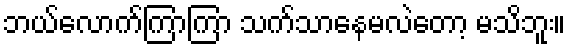
ဘယ်လောက်ကြာကြာ သက်သာနေမလဲတော့ မသိဘူး။